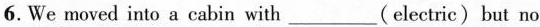
6.We moved into a cabin with___( electric)but no